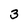
Character: 3